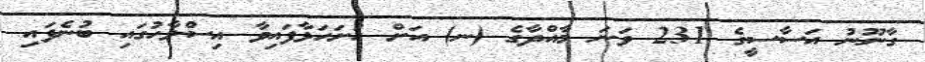
ގާނޫނު އަސާސީގެ 231 ވަނަ މާއްދާގެ (ނ) އަށް ހުށަހަޅާފައިވާ އިސްލާހުގައި ބުނެފައި